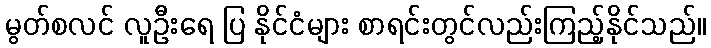
မွတ်စလင် လူဦးရေ ပြ နိုင်ငံများ စာရင်းတွင်လည်းကြည့်နိုင်သည်။